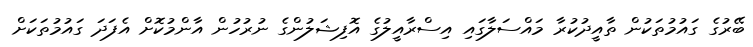
ބޭރުގެ ގައުމުތަކުން ތާއީދުކުރާ މައްސަލާގައި އިސްރާއީލުގެ އޮފިޝަލުންގެ ނުރުހުން އާންމުކޮށް އެފަދަ ގައުމުތަކަށް